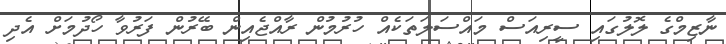
ނާޒިމްގެ ލޮލުގައި ސީރިއަސް މައްސަލަތަކެއް ހުރުމުން ރާއްޖެއިން ބޭރުން ފަރުވާ ހޯދުމަށް އެދި